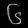
Digit: ၆